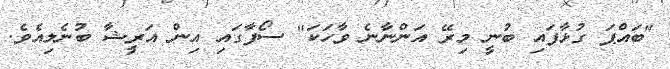
"ބައްޕަ ގުޅާފައި ބުނީ މިރޭ އަންނާނެ ވާހަކަ" ސޯފާގައި އިން އަރީޝާ ބުނެލިއެވެ.